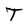
Character: T